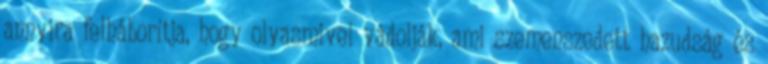
annyira felháborítja, hogy olyasmivel vádolják, ami szemenszedett hazudság és